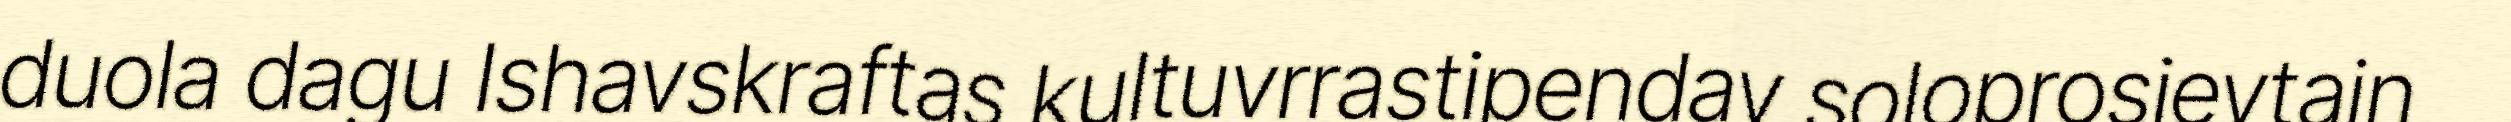
duola dagu Ishavskraftas kultuvrrastipendav soloprosjevtajn